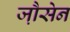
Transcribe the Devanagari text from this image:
जौ़सेन